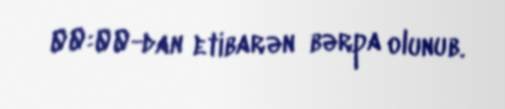
00:00-dan etibarən bərpa olunub.